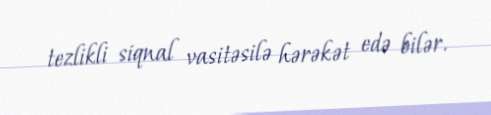
tezlikli siqnal vasitəsilə hərəkət edə bilər.